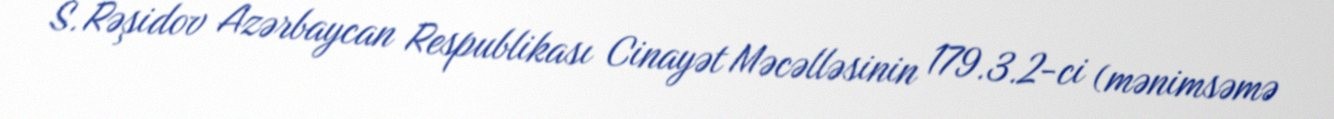
S. Rəşidov Azərbaycan Respublikası Cinayət Məcəlləsinin 179.3.2-ci (mənimsəmə